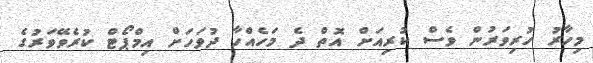
މިހާރު ހުރިވަރުން ވެސް ކުރިއަށް އޮތް ދެ މަހެއްހާ ދުވަހަށް އިމްޕޯޓް ކުރެވޭވަރުގެ